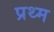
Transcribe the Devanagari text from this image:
प्रथ्म